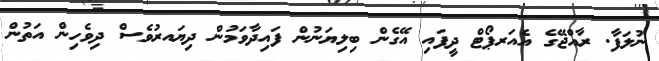
ނުލަފާ. ރާއްޖޭގެ އެއަރޕޯޓް ދީފައި އޭގެން ބިލިޔަނުން ފައިދާވަމުން ދިޔައރުވެސް ދިވެހިން އަތުން